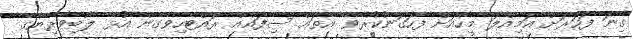
ގިނަ ފަހަރަށް އަމިއްލަ މީހާއަށް ފާހަގަނުކުރެވޭ އެތައް ސިފައެއް ރައްޓެހިވެގެން އުޅޭ ލޯބިވެރިޔާގެ